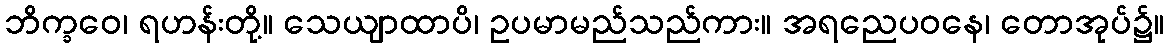
ဘိက္ခဝေ၊ ရဟန်းတို့။ သေယျာထာပိ၊ ဥပမာမည်သည်ကား။ အရညေပဝနေ၊ တောအုပ်၌။